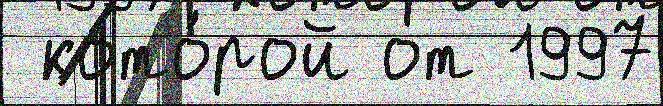
 кото́рой от 1997